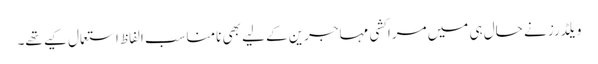
ویلڈرز نے حال ہی میں مراکشی مہاجرین کے لیے بھی نامناسب الفاظ استعمال کیے تھے۔